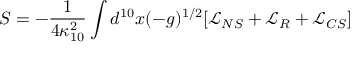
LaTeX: S = - \frac { 1 } { 4 \kappa _ { 1 0 } ^ { 2 } } \int d ^ { 1 0 } x ( - g ) ^ { 1 / 2 } [ \mathcal { L } _ { N S } + \mathcal { L } _ { R } + \mathcal { L } _ { C S } ]